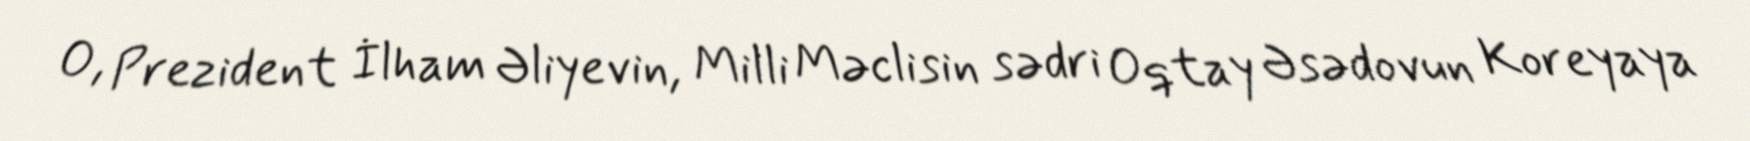
O, Prezident İlham Əliyevin, Milli Məclisin sədri Oqtay Əsədovun Koreyaya